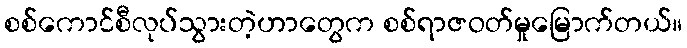
စစ်ကောင်စီလုပ်သွားတဲ့ဟာတွေက စစ်ရာဇဝတ်မှုမြောက်တယ်။